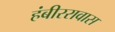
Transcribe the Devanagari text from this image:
हंबीररावास